255_413270_UFO's_and_Defense_What_Should_we_Prepare_For
Agency: NASA
Page 21
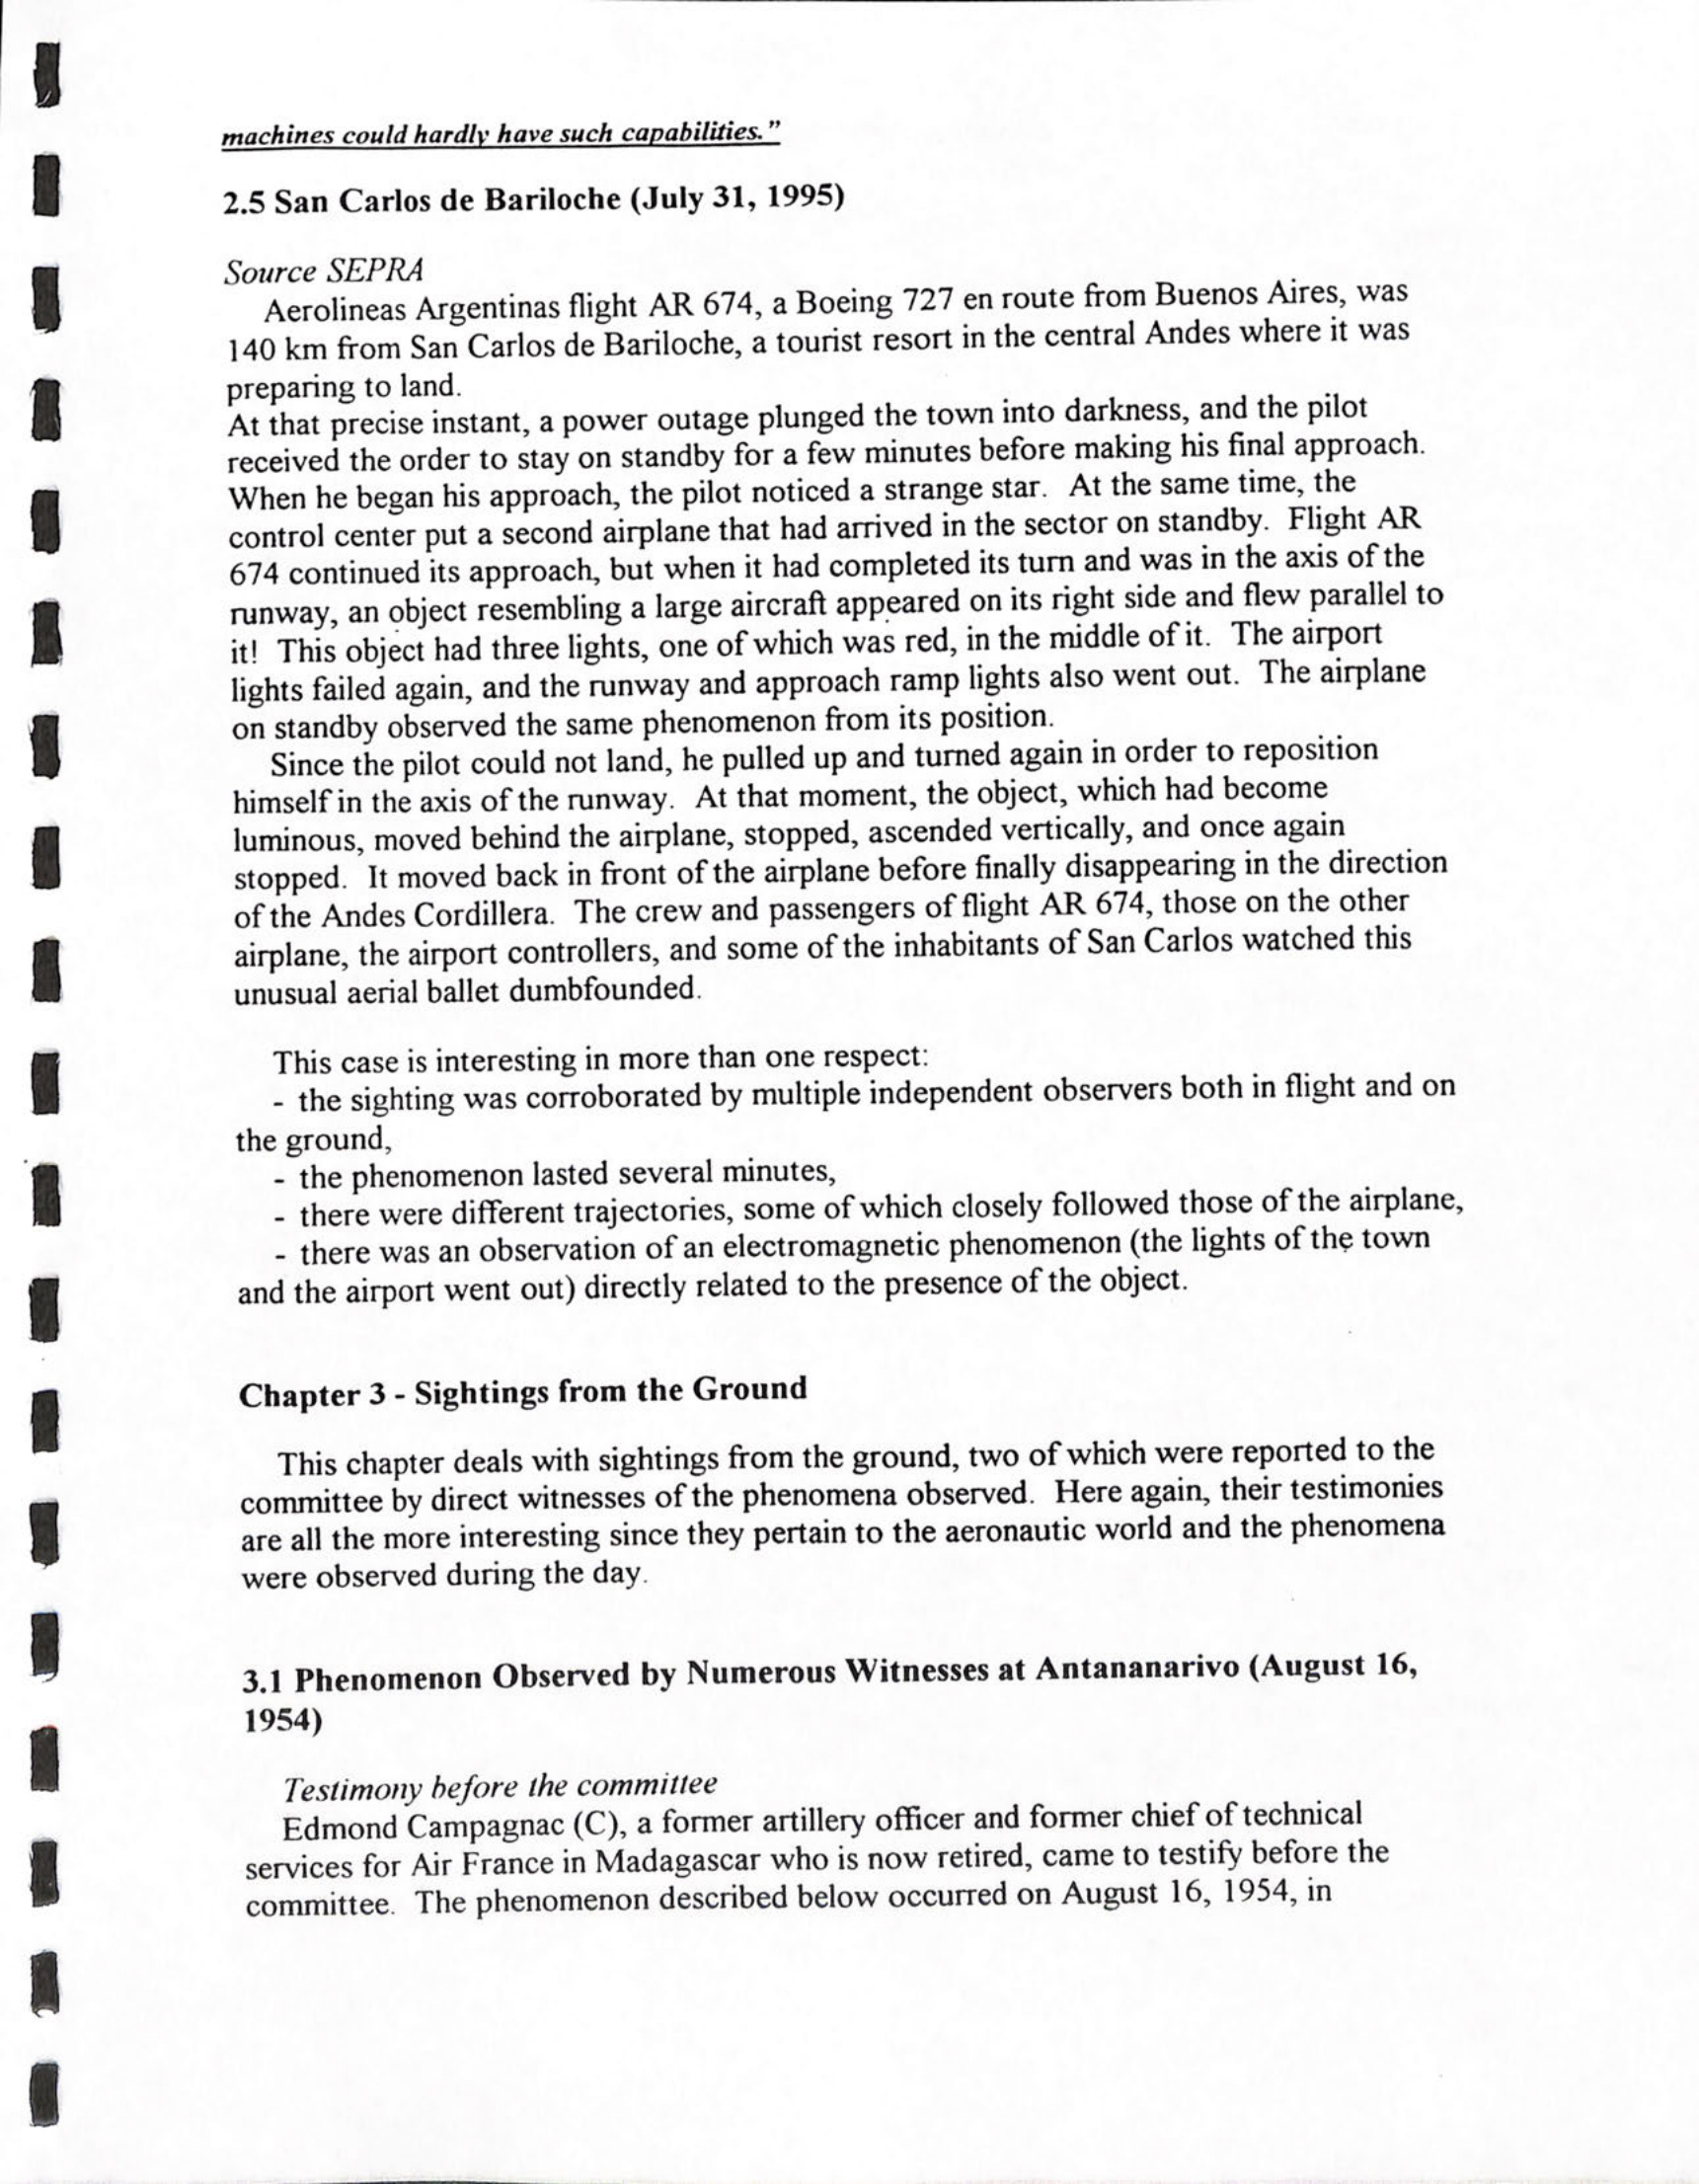